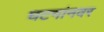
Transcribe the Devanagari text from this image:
घटनांनवर